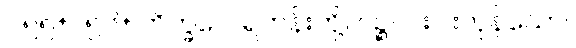
၂၅၅+၂၅၆+ ဘိက္ခဝေ၊ ရဟန်းတို့။ ပဉ္စ၊ ငါးပါးကုန်သော။